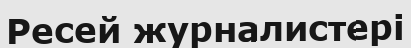
Ресей журналистері